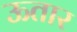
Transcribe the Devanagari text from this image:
ऊतार